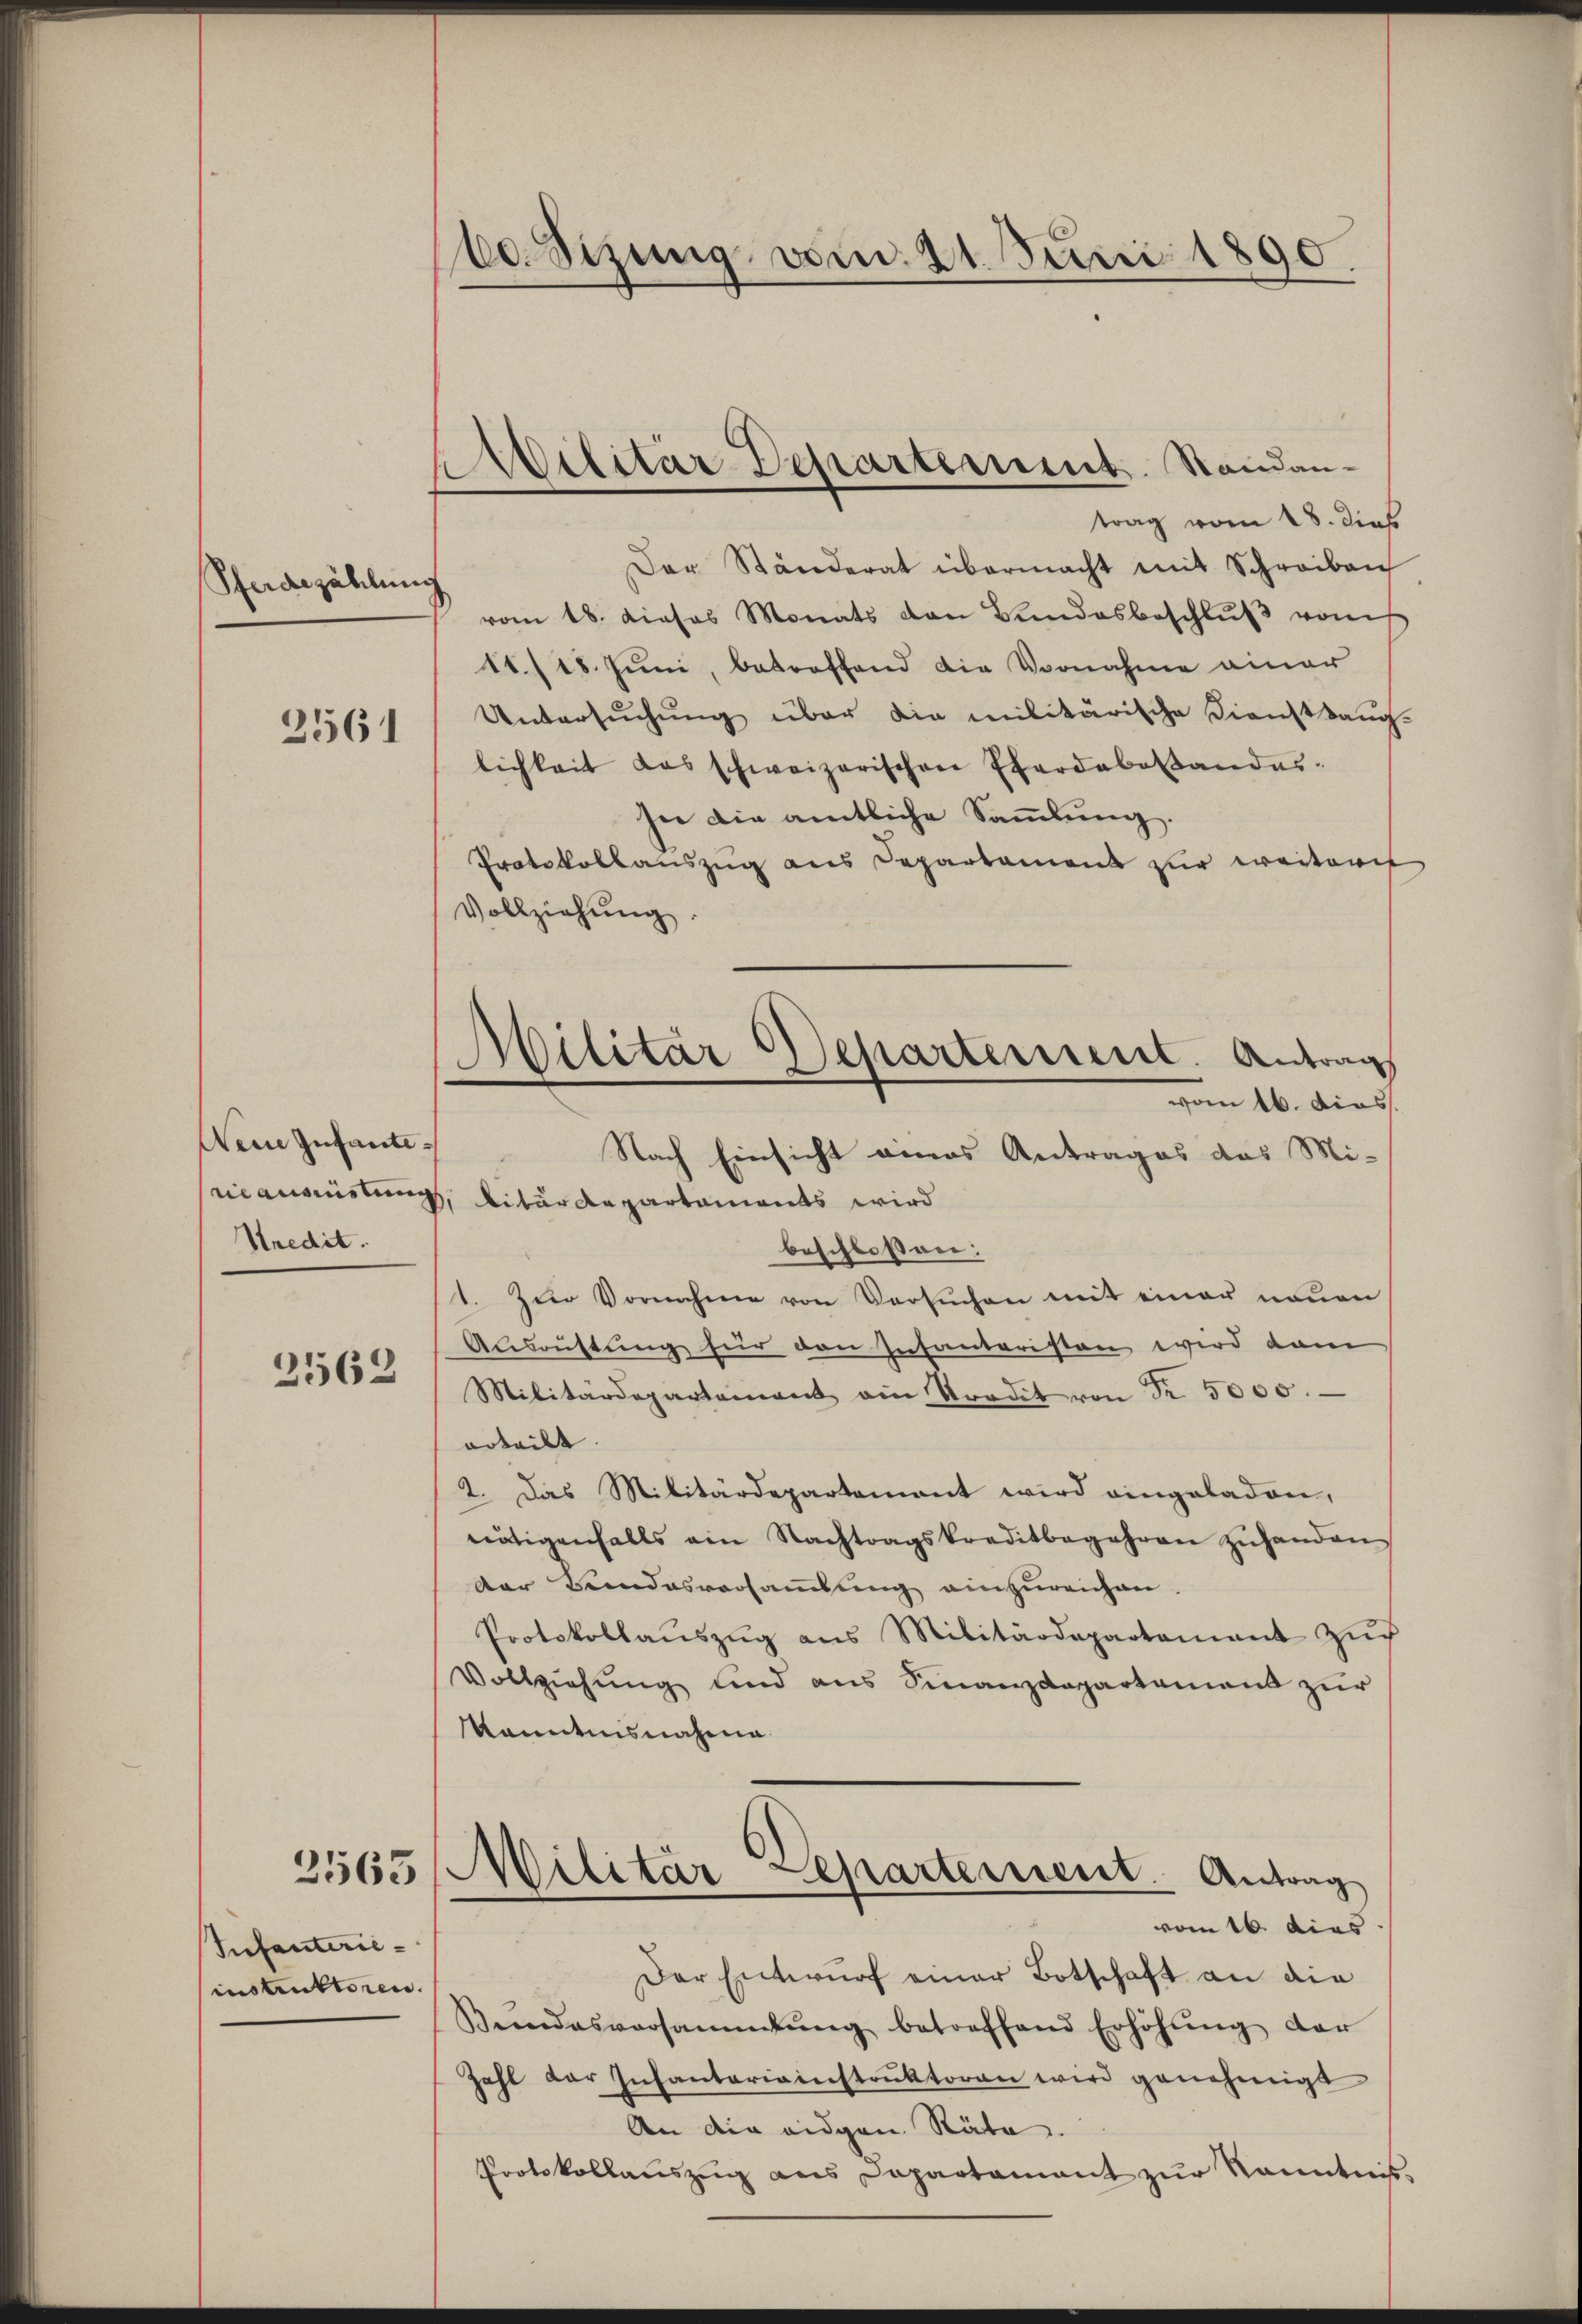
Pferdezählung

2561

Wein Infante¬
Stredit.
2562

3563/

Infanterie-
instruktoren.

be. Sizung vom 21. Juni 1890.

trag vom 18. dies
Der Ständerat übermacht mit Schreiben
vom 18. dieses Monats von Bundesbeschlŭβ vonis
11./18. Juni, betroffend die Vornahme einer
Untersŭchŭng über die militärische Dienstbaŭg-
lichkeit das schweizerischen Pferdebestandesher die amtliche Sammlung.
Protokollauszug aus Departament zur weiteri
Vollziehung.
nianomistung, litärdepartaments wird
beschlossen:
1. Zŭr Vornahme von Versŭchen mit einer neuen
Ausrüstung für den Infantaristen wird dam
Militärdepartement ain Predit von Fr. 5000.
orteilt. |
2. Das Militärdepartement wird eingeladen,
nötigenfalls ein Nachtragskreditbegehren zŭhanden
der Bundesversammlung einzureichen.
Protokollaŭszŭg ans Militärdepartamant zŭr
Vollziehung und aus Finanzdepartamens zur
Kanntnisnahme.
Militär
Departement. Antrag
vom 16. dies
Der Entwurf einer Botschaft an die
Beendesversammlung betreffend Erhöhŭng der
Zahl der Infantariainstruktoren wird genehmigt
An die eidgen Räte.
Protokollauszug aus Dapartamant zur Kenntnis,

Militär Departement. Standan¬

Militär Departement. Antrag
vom 16. dies
Nach Einsicht eines Antrages das Mi-